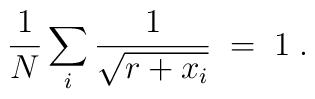
{1\over N} \sum_i{1\over \sqrt{r+x_i}}\;=\;1 \; .